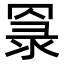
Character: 𦋔